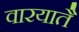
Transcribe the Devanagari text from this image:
वारयातै